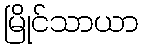
မြိုင်သာယာ